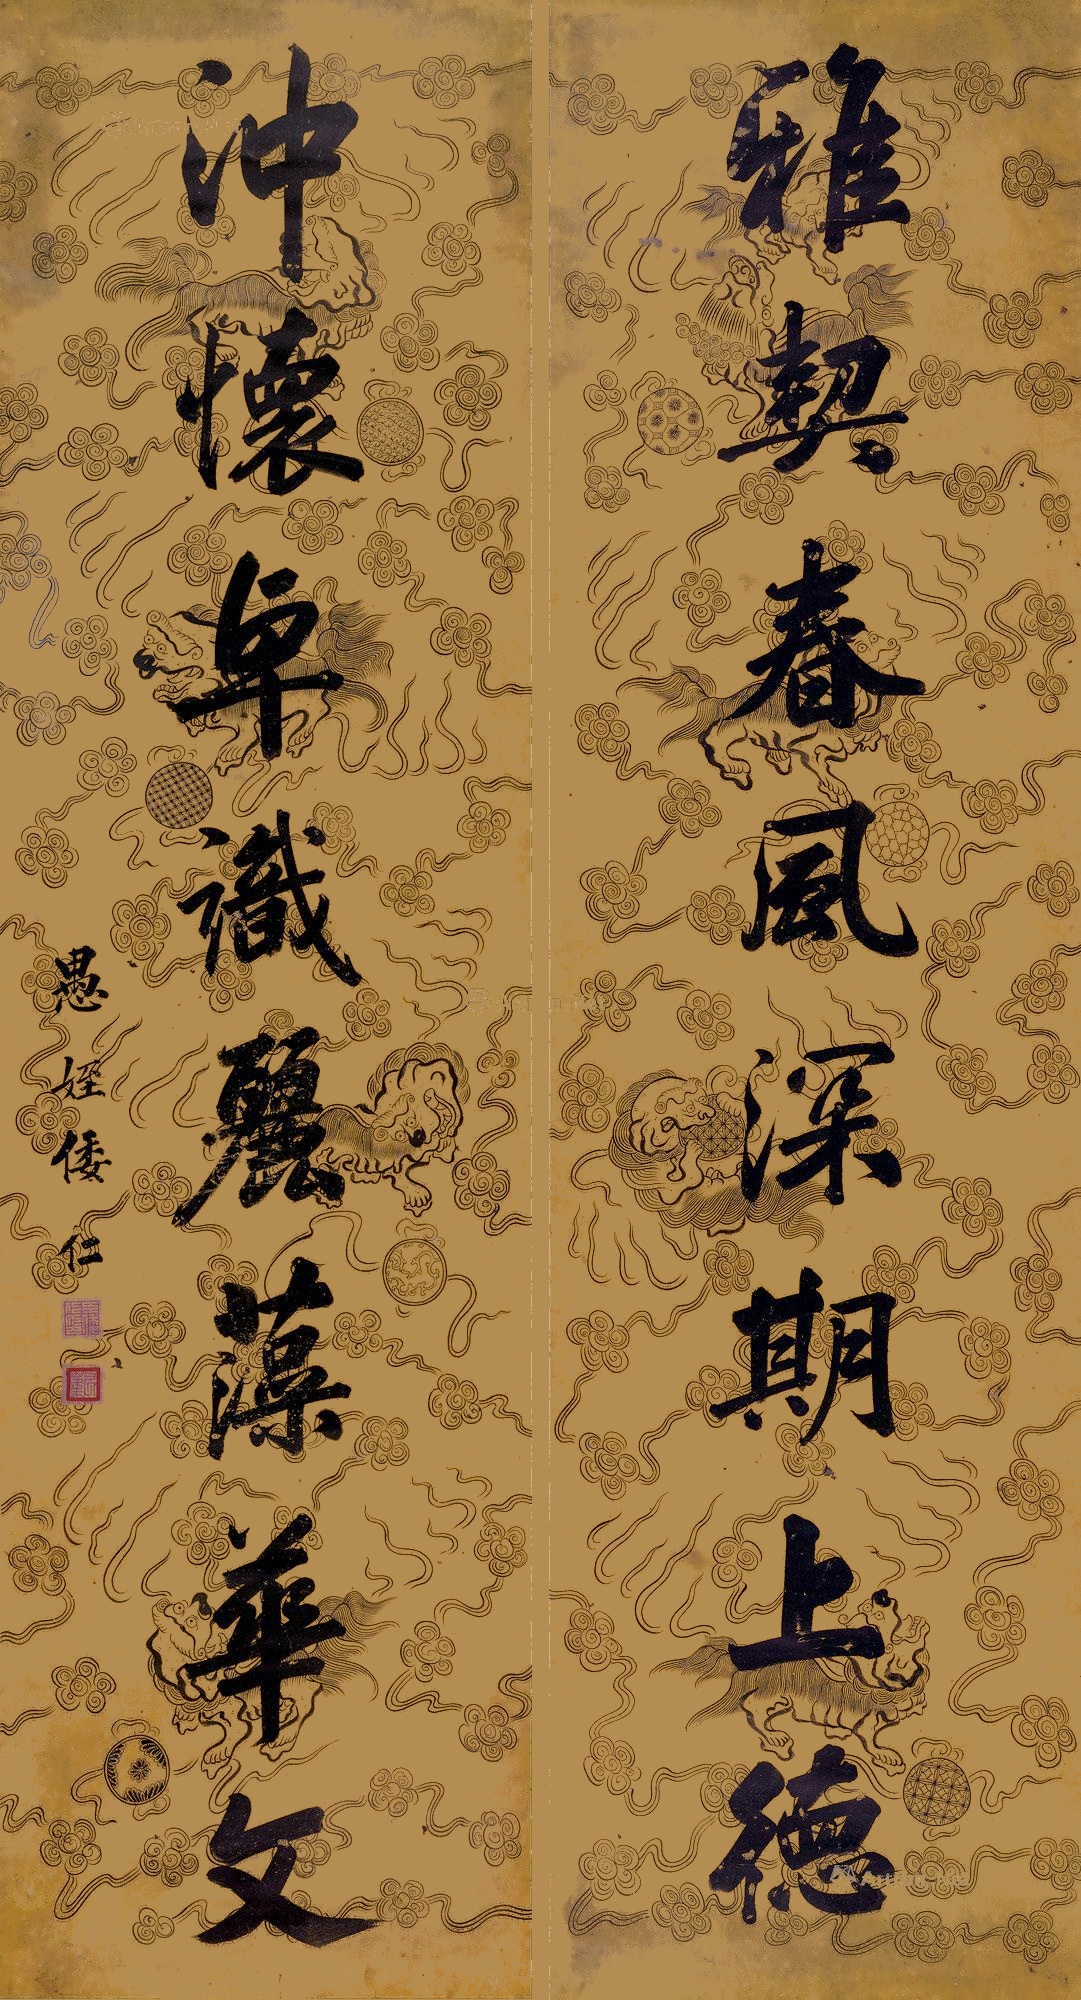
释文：雅契春风深期上德，冲怀卓识丽藻华文。愚姪倭仁。